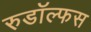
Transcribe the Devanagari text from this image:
रुडॉल्फस